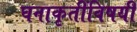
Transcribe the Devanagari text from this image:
घनाकृतींविषयीं